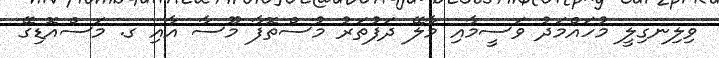
ވިލިނގިލީ މުހައްމަދު ވަސީމާއި މާލޭ ދަފުތަރު މުސްތޮފާ މޫސާ އާއި ގ. މަސްއޮޑިގޭ